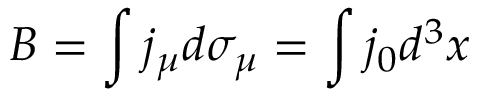
B = \int j _ { \mu } d \sigma _ { \mu } = \int j _ { 0 } d ^ { 3 } x